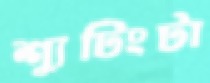
শ্যুটিংটা